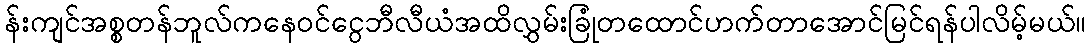
န်းကျင်အစ္စတန်ဘူလ်ကနေဝင်ငွေဘီလီယံအထိလွှမ်းခြုံတထောင်ဟက်တာအောင်မြင်ရန်ပါလိမ့်မယ်။